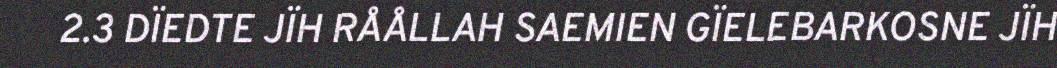
2.3 DÏEDTE JÏH RÅÅLLAH SAEMIEN GÏELEBARKOSNE JÏH